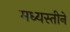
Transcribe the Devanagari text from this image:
मध्यस्तीने